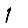
Digit: 1